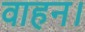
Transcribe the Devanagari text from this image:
वाहन।